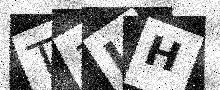
Text: T1LH